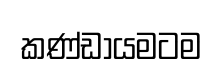
කණ්ඩායමටම